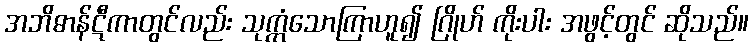
အဘိဓာန်ဋီကာတွင်လည်း သုက္ကံသောကြာဟူ၍ ဂြိုဟ် ကိုးပါး အဖွင့်တွင် ဆိုသည်။